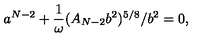
a ^ { N - 2 } + \frac { 1 } { \omega } ( A _ { N - 2 } b ^ { 2 } ) ^ { 5 / 8 } / b ^ { 2 } = 0 ,